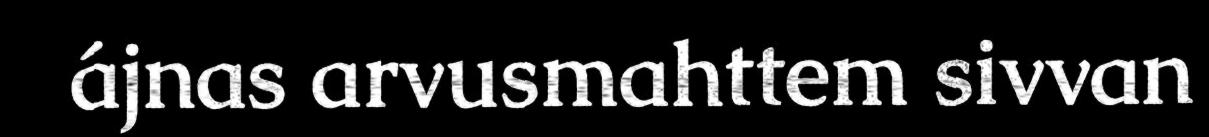
ájnas arvusmahttem sivvan